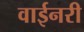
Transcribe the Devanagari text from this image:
वाईनरी